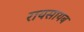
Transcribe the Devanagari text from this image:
रायसायब